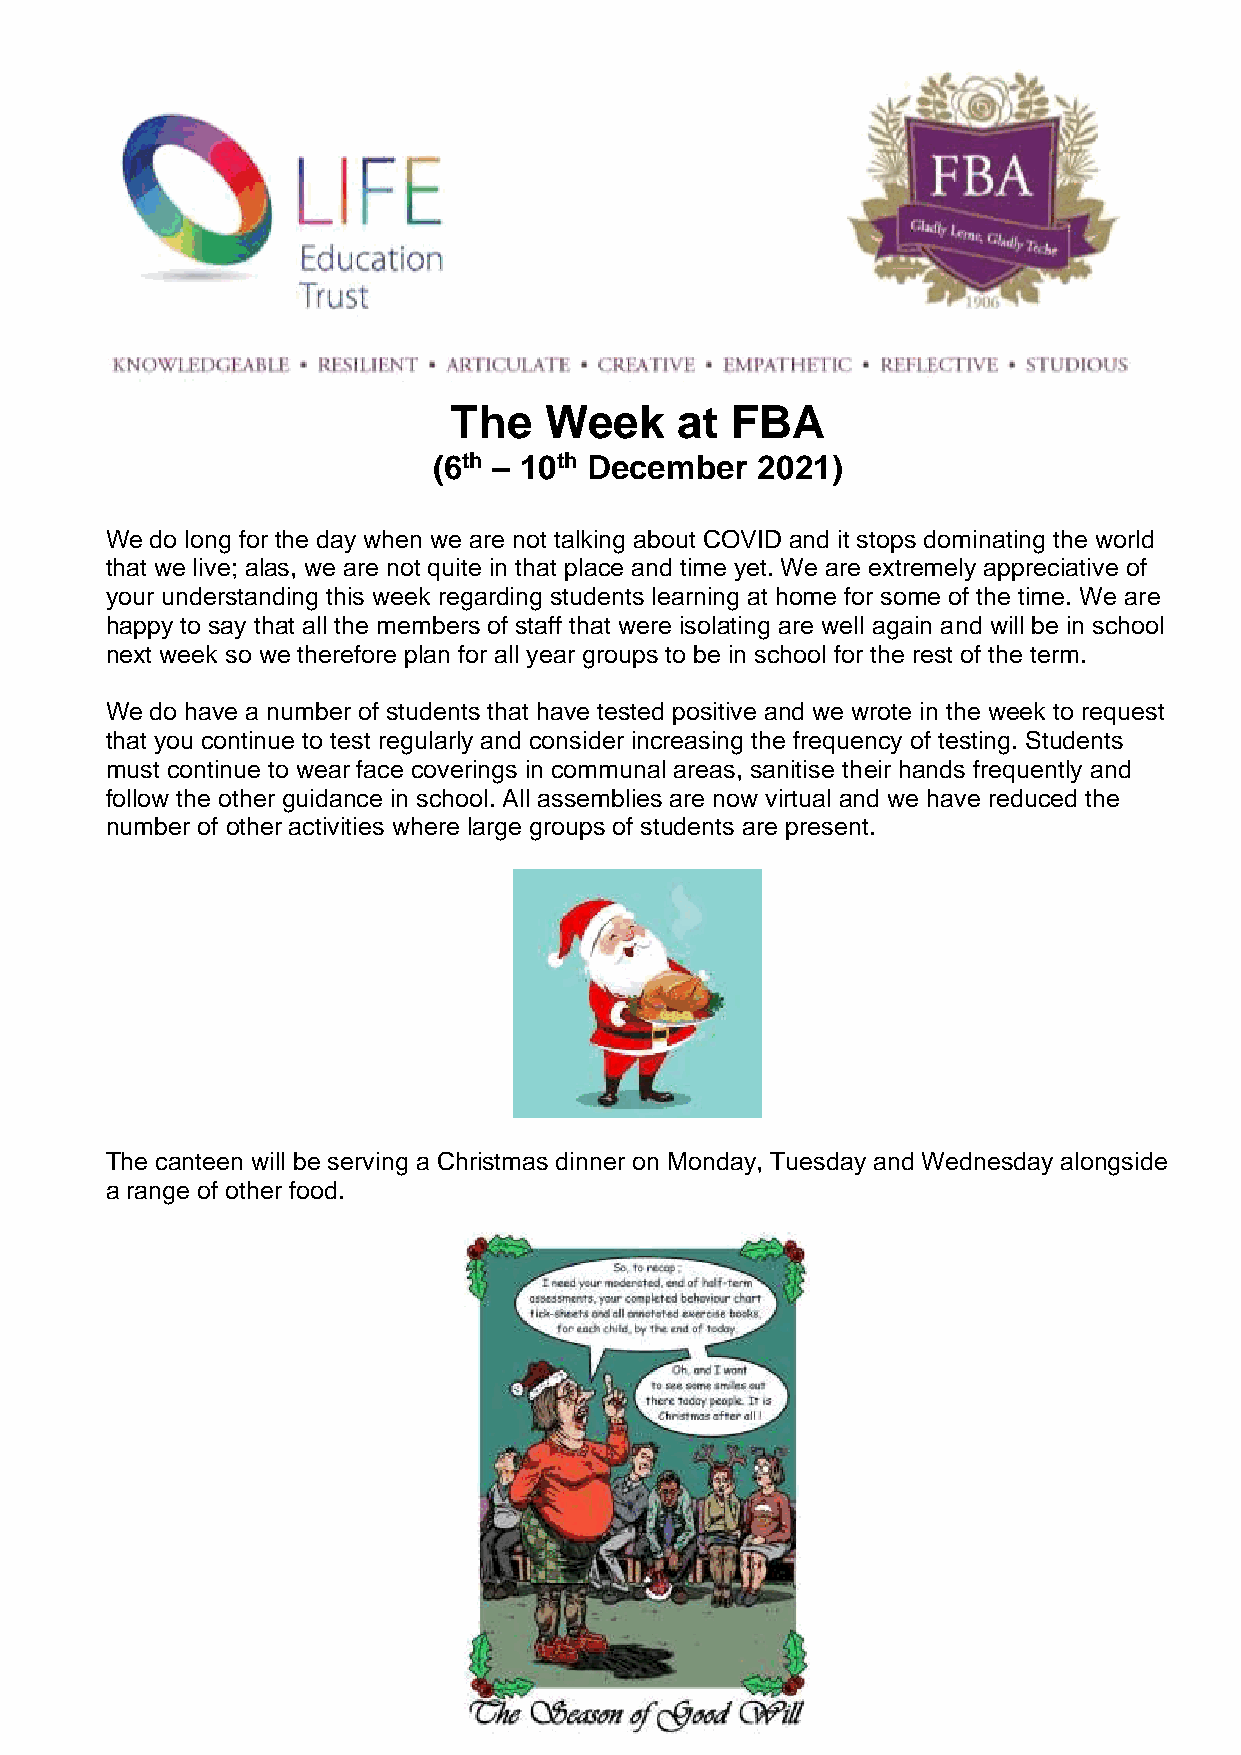
The   Week     at FBA
 (6th – 10th December 2021)
 We do long for the day when we are not talking about COVID and it stops dominating the world
 that we live; alas, we are not quite in that place and time yet. We are extremely appreciative of
 your understanding this week regarding students learning at home for some of the time. We are
 happy to say that all the members of staff that were isolating are well again and will be in school
 next week so we therefore plan for all year groups to be in school for the rest of the term.
 We do have a number of students that have tested positive and we wrote in the week to request
 that you continue to test regularly and consider increasing the frequency of testing. Students
 must continue to wear face coverings in communal areas, sanitise their hands frequently and
 follow the other guidance in school. All assemblies are now virtual and we have reduced the
 number of other activities where large groups of students are present.
 The canteen will be serving a Christmas dinner on Monday, Tuesday and Wednesday alongside
 a range of other food.